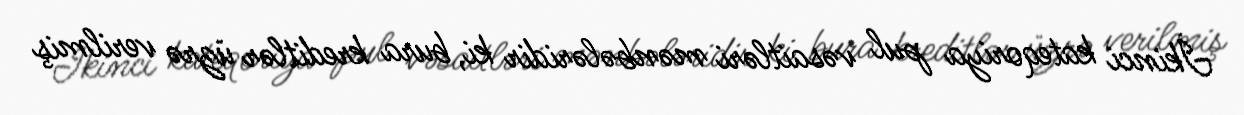
İkinci kateqoriya pul vəsaitləri mənbələridir ki, bura kreditlər üzrə verilmiş